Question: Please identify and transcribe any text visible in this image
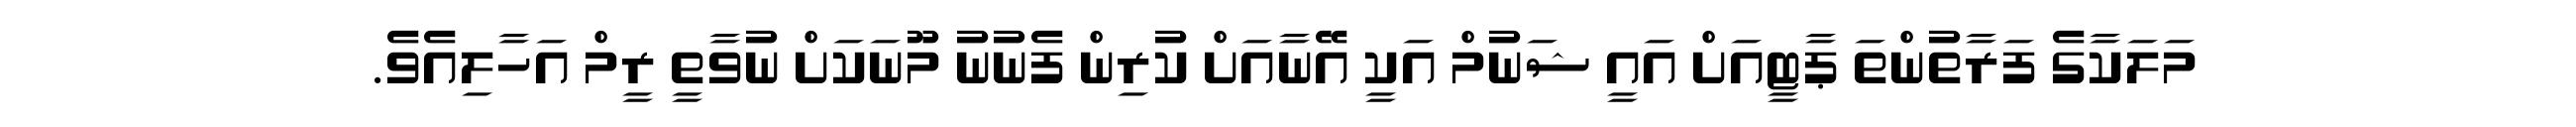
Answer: މަލަކާގެ ފަރާތުންތަ ޕާޓީއަށް އައީ ޝަނުމް އަކީ އޭނާއަށް ކުރިން ފެނުނު މޫނަކަށް ނުވާތީ ރީމް އަހާލިއެވެ.